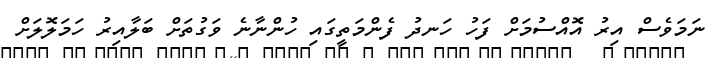
ނަމަވެސް އިރު އޮއްސުމަށް ފަހު ހަނދު ފެންމަތީގައި ހުންނާނެ ވަގުތަށް ބަލާއިރު ހަމަލޮލަށް